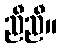
ညီညီ။